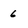
Character: 6